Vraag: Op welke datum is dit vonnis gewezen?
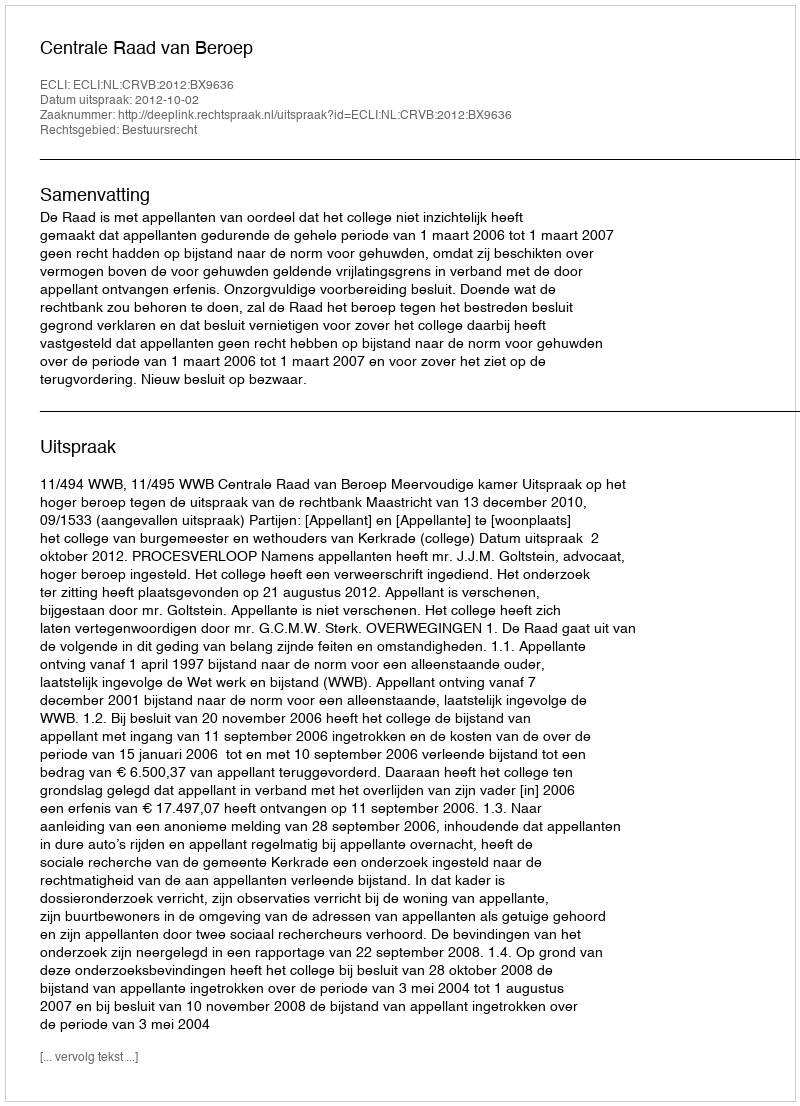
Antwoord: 2012-10-02